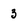
Character: 3